Indian journal of veterinary science and animal husbandry - Volumes 18-21, 1948-1951
Year: 1948
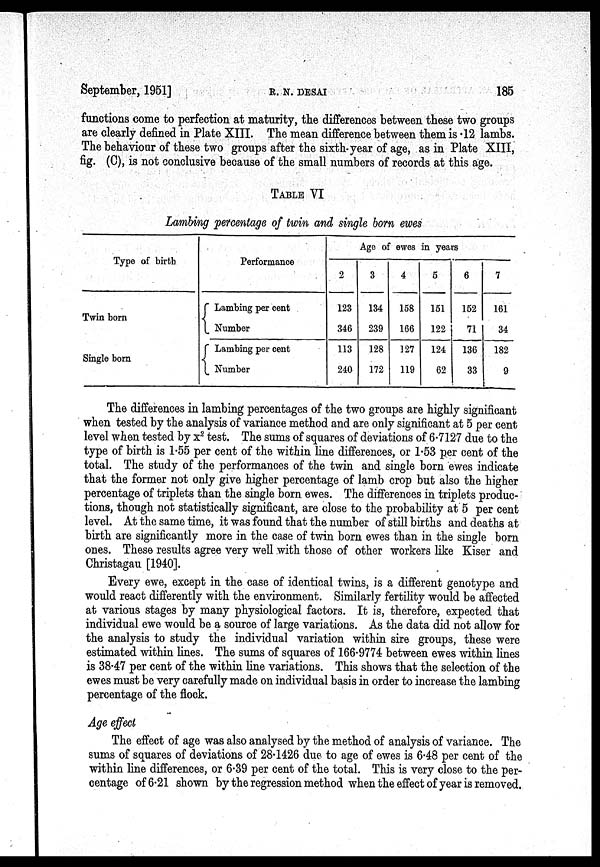
September, 1951]
R.
N.
DESAI
185
functions come to perfection at maturity, the differences between these two groups
are clearly defined in Plate XIII. The mean difference between them is .12 lambs.
The behaviour of these two groups after the sixth-year of age, as in Plate XIII,
fig. (C), is not conclusive because of the small numbers of records at this age.
TABLE VI
Lambing percentage of twin and single born ewes
Type of birth
Twin born
Single born
Performance
Lambing per cent
Number
Lambing per cent
Number
Age of ewes in years
2
123
346
113
240
3
134
239
128
172
4
158
166
127
119
5
151
122
124
62
6
152
71
136
33
7
161
34
182
9
The differences in lambing percentages of the two groups are highly significant
when tested by the analysis of variance method and are only significant at 5 per cent
level when tested by x 2 test. The sums of squares of deviations of 6.7127 due to the
type of birth is 1.55 per cent of the within line differences, or 1.53 per cent of the
total. The study of the performances of the twin and single born ewes indicate
that the former not only give higher percentage of lamb crop but also the higher
percentage of triplets than the single born ewes. The differences in triplets produc-
tions, though not statistically significant, are close to the probability at 5 per cent
level. At the same time, it was found that the number of still births and deaths at
birth are significantly more in the case of twin born ewes than in the single born
ones. These results agree very well with those of other workers like Kiser and
Christagau [1940].
Every ewe, except in the case of identical twins, is a different genotype and
would react differently with the environment. Similarly fertility would be affected
at various stages by many physiological factors. It is, therefore, expected that
individual ewe would be a source of large variations. As the data did not allow for
the analysis to study the individual variation within sire groups, these were
estimated within lines. The sums of squares of 166.9774 between ewes within lines
is 38.47 per cent of the within line variations. This shows that the selection of the
ewes must be very carefully made on individual basis in order to increase the lambing
percentage of the flock.
Age effect
The effect of age was also analysed by the method of analysis of variance. The
sums of squares of deviations of 28.1426 due to age of ewes is 6.48 per cent of the
within line differences, or 6.39 per cent of the total. This is very close to the per-
centage of 6.21 shown by the regression method when the effect of year is removed.